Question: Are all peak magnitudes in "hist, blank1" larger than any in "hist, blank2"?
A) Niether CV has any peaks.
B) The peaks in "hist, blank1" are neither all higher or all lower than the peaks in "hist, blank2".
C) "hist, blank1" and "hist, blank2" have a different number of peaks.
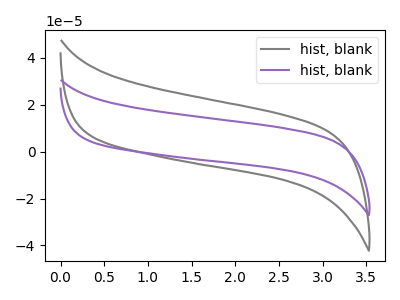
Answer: <think>The gray curve "hist, blank1" has no peaks. The purple curve "hist, blank2" has no peaks.</think>
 <answer>A) Niether CV has any peaks.</answer>
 <eval>A</eval>